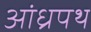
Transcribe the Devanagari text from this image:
आंध्रपथ